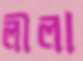
লীলা